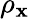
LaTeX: \rho_{\mathbf{x}}